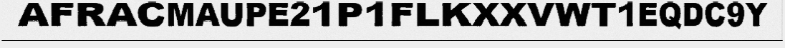
AFRACMAUPE21P1FLKXXVWT1EQDC9Y